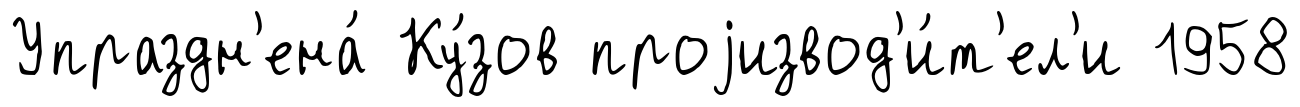
Упраздн'ена́ Ку́зов проjизвод'и́т'ел'и 1958